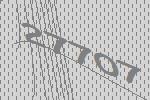
27707